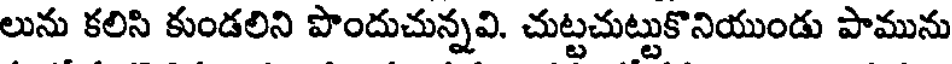
లును కలిసి కుండలిని పొందుచున్నవి. చుట్టచుట్టుకొనియుండు పామును